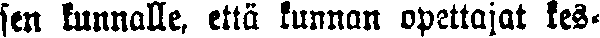
sen kunnalle, että kunnan opettajat kes-